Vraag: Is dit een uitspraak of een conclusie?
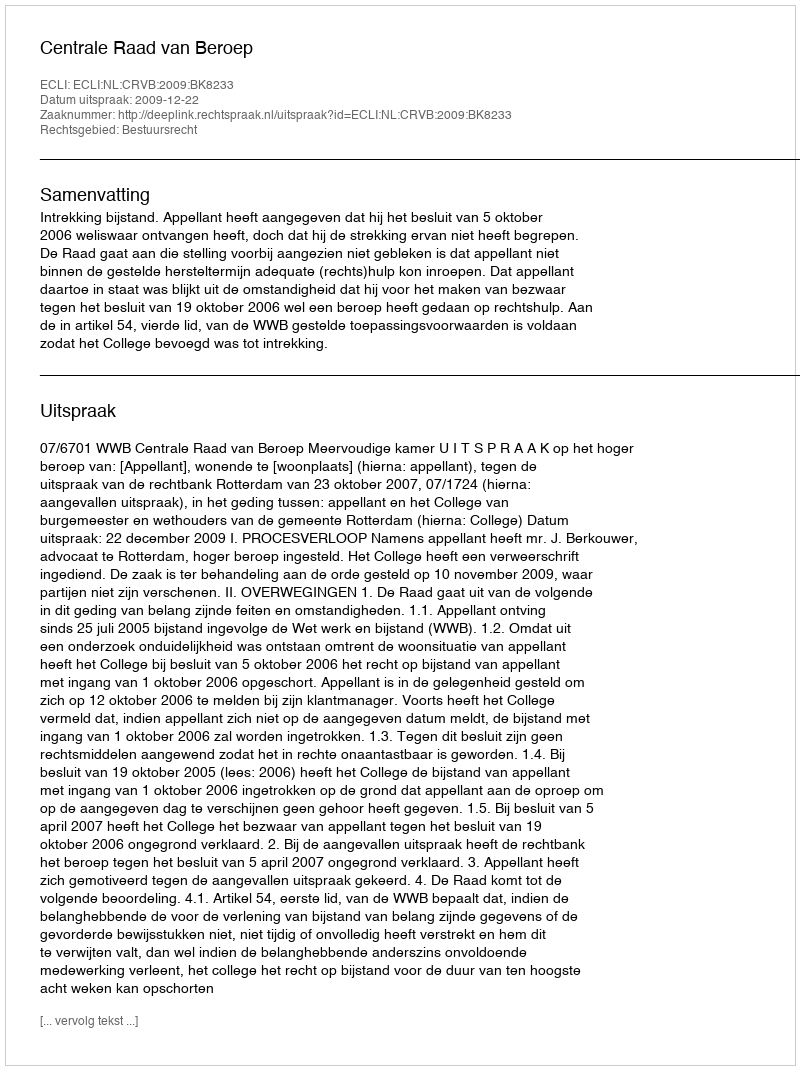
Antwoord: Uitspraak